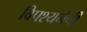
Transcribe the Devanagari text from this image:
विपश्यनेची